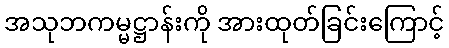
အသုဘကမ္မဋ္ဌာန်းကို အားထုတ်ခြင်းကြောင့်